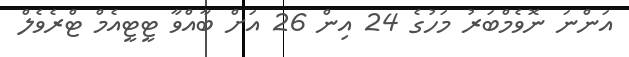
އަންނަ ނޮވެމްބަރު މަހުގެ 24 އިން 26 އަށް ބާއްވާ ޓީޓީއެމް ޓްރެވެލް